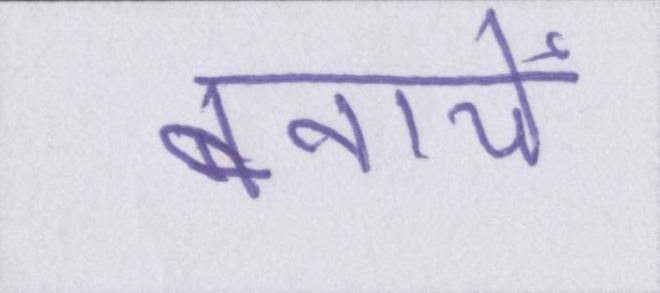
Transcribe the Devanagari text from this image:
बनायें